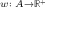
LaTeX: \scriptstyle w \colon A \to { \mathbb { R } } ^ { + }